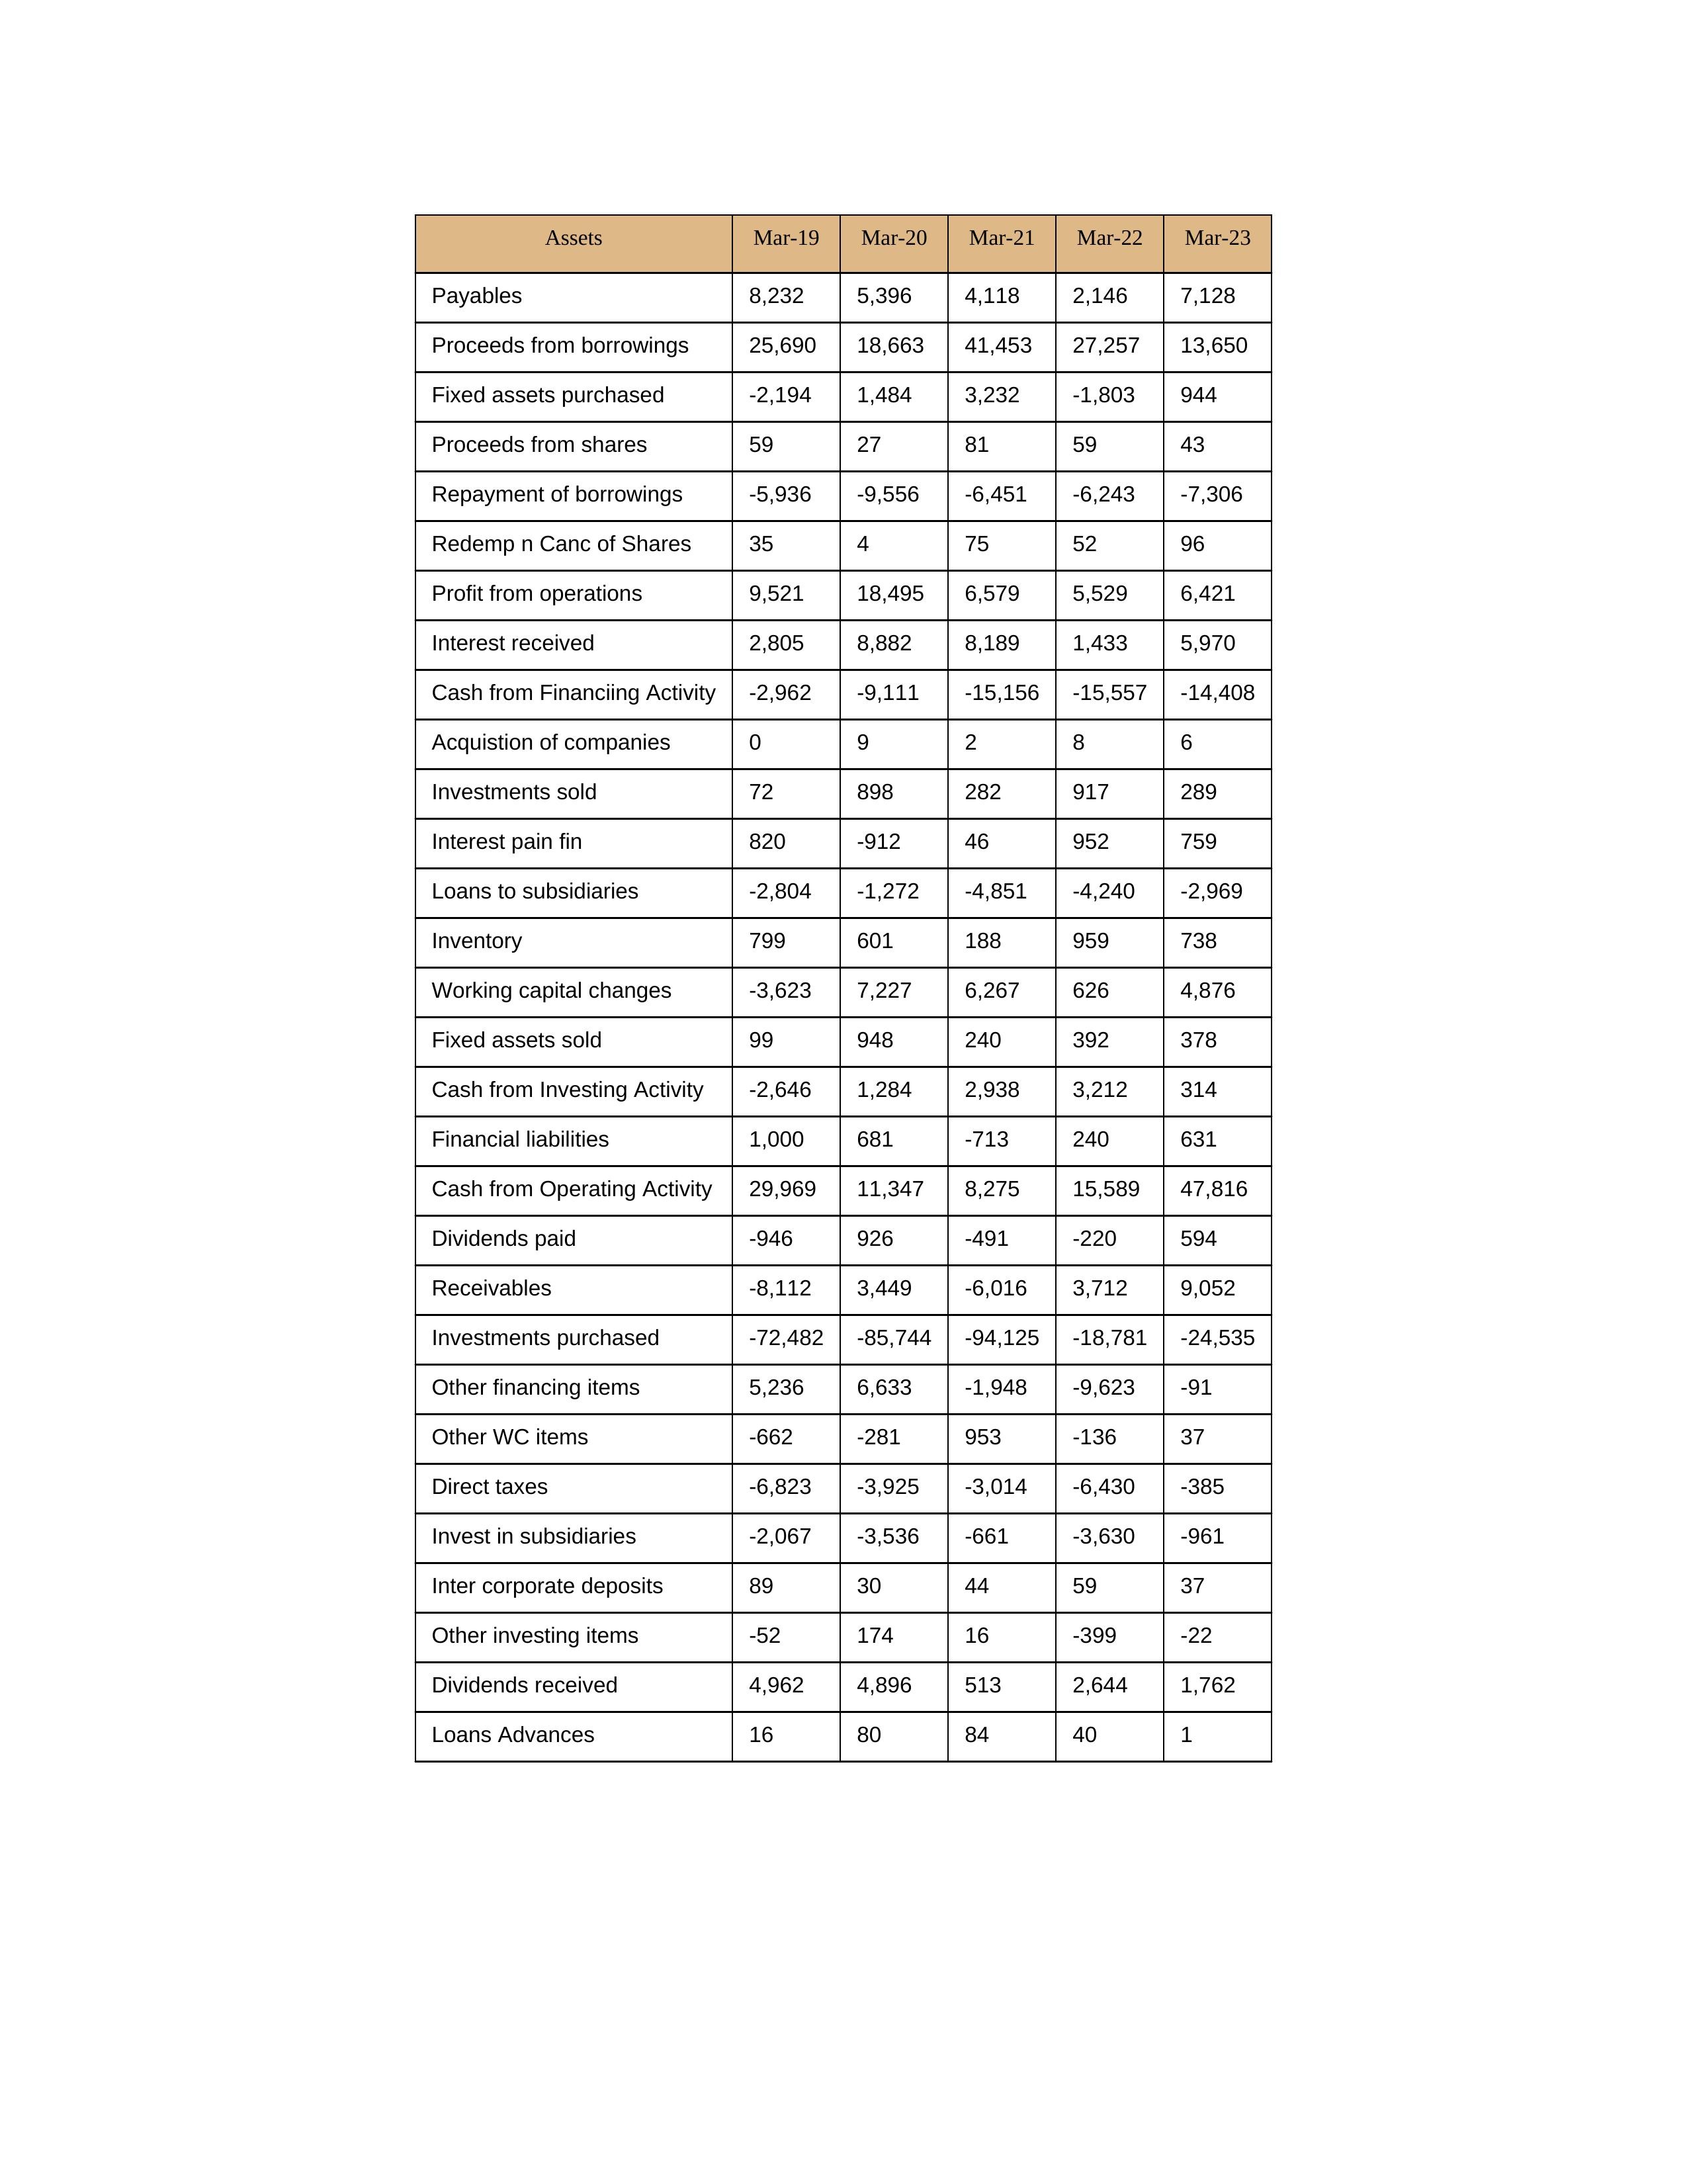
gt_parse: Mar-19: Cash from Operating Activity: 29,969
Profit from operations: 9,521
Receivables: -8,112
Inventory: 799
Payables: 8,232
Loans Advances: 16
Other WC items: -662
Working capital changes: -3,623
Direct taxes: -6,823
Cash from Investing Activity: -2,646
Fixed assets purchased: -2,194
Fixed assets sold: 99
Investments purchased: -72,482
Investments sold: 72
Interest received: 2,805
Dividends received: 4,962
Invest in subsidiaries: -2,067
Loans to subsidiaries: -2,804
Redemp n Canc of Shares: 35
Acquistion of companies: 0
Inter corporate deposits: 89
Other investing items: -52
Cash from Financiing Activity: -2,962
Proceeds from shares: 59
Proceeds from borrowings: 25,690
Repayment of borrowings: -5,936
Interest pain fin: 820
Dividends paid: -946
Financial liabilities: 1,000
Other financing items: 5,236
Mar-20: Cash from Operating Activity: 11,347
Profit from operations: 18,495
Receivables: 3,449
Inventory: 601
Payables: 5,396
Loans Advances: 80
Other WC items: -281
Working capital changes: 7,227
Direct taxes: -3,925
Cash from Investing Activity: 1,284
Fixed assets purchased: 1,484
Fixed assets sold: 948
Investments purchased: -85,744
Investments sold: 898
Interest received: 8,882
Dividends received: 4,896
Invest in subsidiaries: -3,536
Loans to subsidiaries: -1,272
Redemp n Canc of Shares: 4
Acquistion of companies: 9
Inter corporate deposits: 30
Other investing items: 174
Cash from Financiing Activity: -9,111
Proceeds from shares: 27
Proceeds from borrowings: 18,663
Repayment of borrowings: -9,556
Interest pain fin: -912
Dividends paid: 926
Financial liabilities: 681
Other financing items: 6,633
Mar-21: Cash from Operating Activity: 8,275
Profit from operations: 6,579
Receivables: -6,016
Inventory: 188
Payables: 4,118
Loans Advances: 84
Other WC items: 953
Working capital changes: 6,267
Direct taxes: -3,014
Cash from Investing Activity: 2,938
Fixed assets purchased: 3,232
Fixed assets sold: 240
Investments purchased: -94,125
Investments sold: 282
Interest received: 8,189
Dividends received: 513
Invest in subsidiaries: -661
Loans to subsidiaries: -4,851
Redemp n Canc of Shares: 75
Acquistion of companies: 2
Inter corporate deposits: 44
Other investing items: 16
Cash from Financiing Activity: -15,156
Proceeds from shares: 81
Proceeds from borrowings: 41,453
Repayment of borrowings: -6,451
Interest pain fin: 46
Dividends paid: -491
Financial liabilities: -713
Other financing items: -1,948
Mar-22: Cash from Operating Activity: 15,589
Profit from operations: 5,529
Receivables: 3,712
Inventory: 959
Payables: 2,146
Loans Advances: 40
Other WC items: -136
Working capital changes: 626
Direct taxes: -6,430
Cash from Investing Activity: 3,212
Fixed assets purchased: -1,803
Fixed assets sold: 392
Investments purchased: -18,781
Investments sold: 917
Interest received: 1,433
Dividends received: 2,644
Invest in subsidiaries: -3,630
Loans to subsidiaries: -4,240
Redemp n Canc of Shares: 52
Acquistion of companies: 8
Inter corporate deposits: 59
Other investing items: -399
Cash from Financiing Activity: -15,557
Proceeds from shares: 59
Proceeds from borrowings: 27,257
Repayment of borrowings: -6,243
Interest pain fin: 952
Dividends paid: -220
Financial liabilities: 240
Other financing items: -9,623
Mar-23: Cash from Operating Activity: 47,816
Profit from operations: 6,421
Receivables: 9,052
Inventory: 738
Payables: 7,128
Loans Advances: 1
Other WC items: 37
Working capital changes: 4,876
Direct taxes: -385
Cash from Investing Activity: 314
Fixed assets purchased: 944
Fixed assets sold: 378
Investments purchased: -24,535
Investments sold: 289
Interest received: 5,970
Dividends received: 1,762
Invest in subsidiaries: -961
Loans to subsidiaries: -2,969
Redemp n Canc of Shares: 96
Acquistion of companies: 6
Inter corporate deposits: 37
Other investing items: -22
Cash from Financiing Activity: -14,408
Proceeds from shares: 43
Proceeds from borrowings: 13,650
Repayment of borrowings: -7,306
Interest pain fin: 759
Dividends paid: 594
Financial liabilities: 631
Other financing items: -91